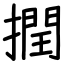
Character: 撋